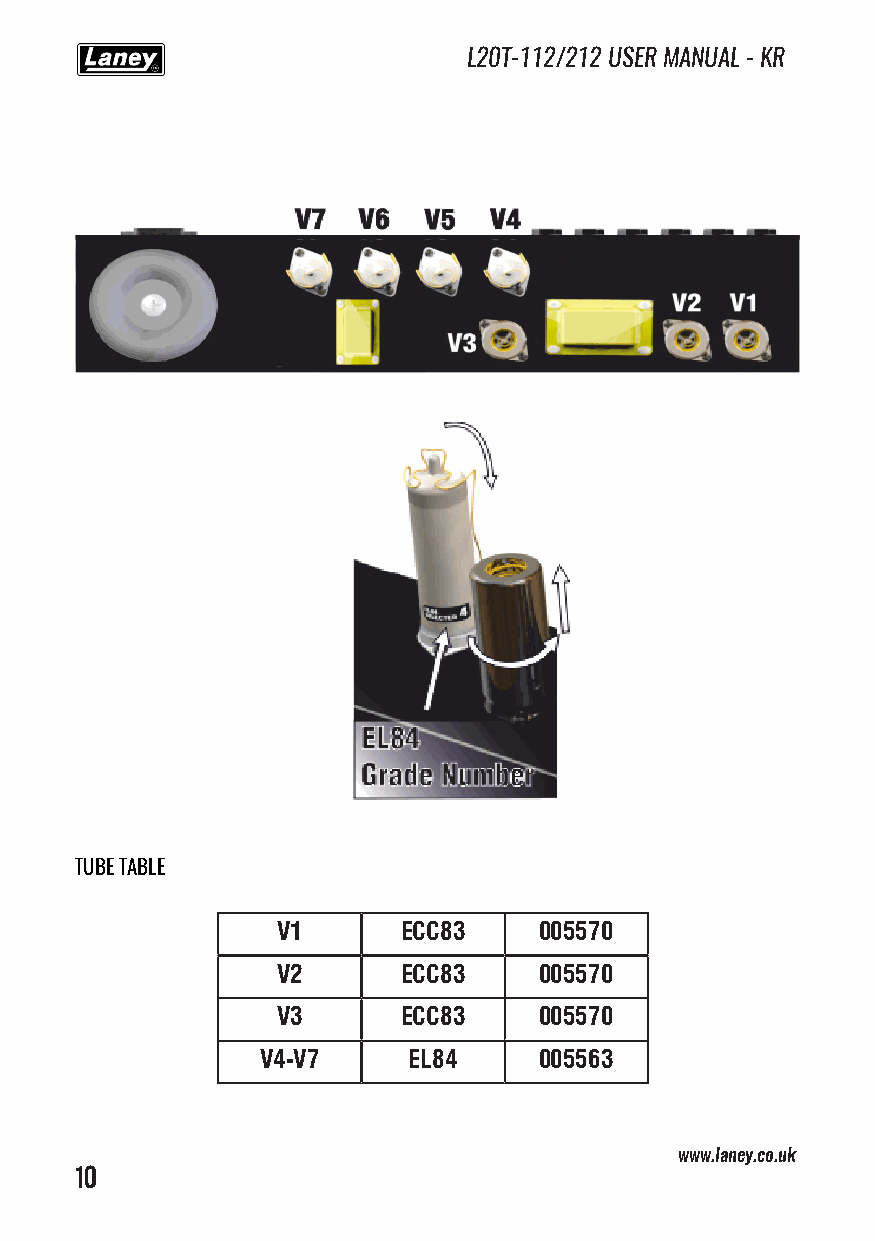
L20T-112/212 USER MANUAL - KR
 TUBE TABLE
 V1      ECC83     005570
 V2      ECC83     005570
 V3      ECC83     005570
 V4-V7     EL84     005563
 www.laney.co.uk
 10